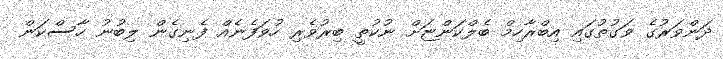
ދަންވަރުގެ ވަގުތުގައި އިބްރާހިމް ބެލްކަންޏަށް ނުކުތީ ބިރުވެރި ހުވަފެނެއް ފެނިގެން ލިބުނު ހާސްކަން